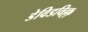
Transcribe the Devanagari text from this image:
डेविडविल्ल